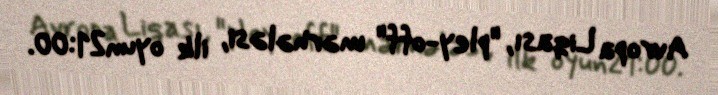
Avropa Liqası, "pley-off" mərhələsi, ilk oyun21:00.